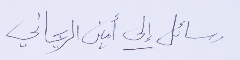
رسائل إلى أمين الريحاني